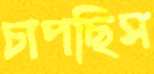
চাপছিস